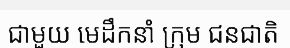
ជាមួយ មេដឹកនាំ ក្រុម ជនជាតិ